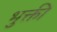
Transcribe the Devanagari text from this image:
भुक्ती